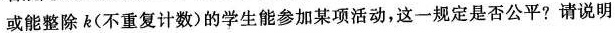
或能整除k(不重复计数)的学生能参加某项活动，这一规定是否公平?请说明